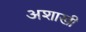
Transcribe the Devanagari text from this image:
अशाखी